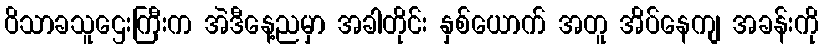
ဝိသာခသူဌေးကြီးက အဲဒီနေ့ညမှာ အခါတိုင်း နှစ်ယောက် အတူ အိပ်နေကျ အခန်းကို